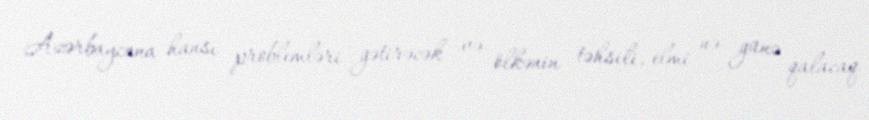
Azərbaycana hansı problemləri gətirəcək və ölkənin təhsili, elmi nə günə qalacaq